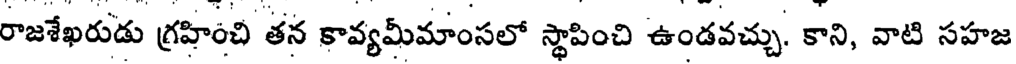
రాజశేఖరుడు గ్రహించి తన కావ్యమీమాంసలో స్థాపించి ఉండవచ్చు. కాని, వాటి సహజ